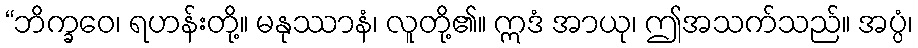
“ဘိက္ခဝေ၊ ရဟန်းတို့။ မနုဿာနံ၊ လူတို့၏။ ဣဒံ အာယု၊ ဤအသက်သည်။ အပ္ပံ၊